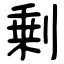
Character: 剰